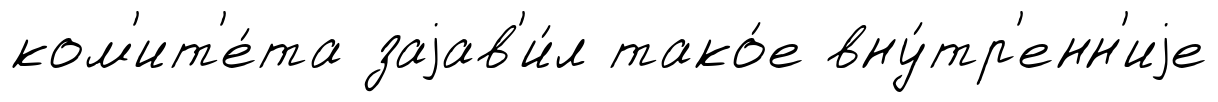
ком'ит'е́та заjав'и́л тако́е вну́тр'енн'иjе